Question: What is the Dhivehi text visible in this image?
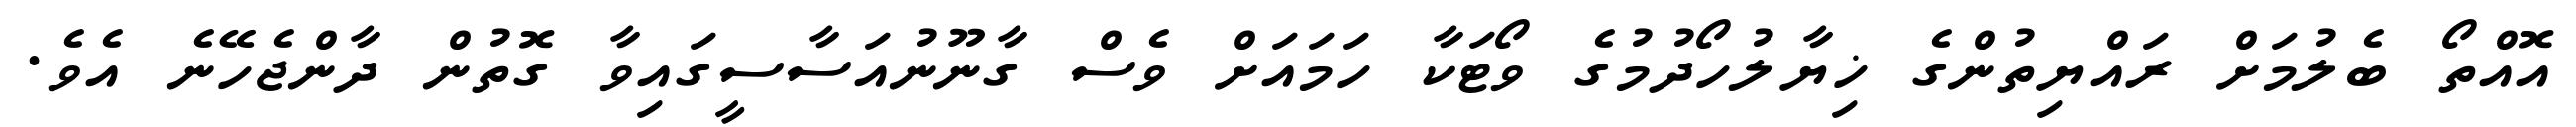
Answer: އޮއްތޯ ބެލުމަށް ރައްޔިތުންގެ ޚިޔާލުހޯދުމުގެ ވޯޓަކާ ހަމައަށް ވެސް ގާނޫނުއަސާސީގައިވާ ގޮތުން ދާންޖެހޭނެ އެވެ.